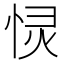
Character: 𭝋